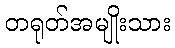
တရုတ်အမျိုးသား